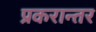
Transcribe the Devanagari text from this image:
प्रकरान्तर